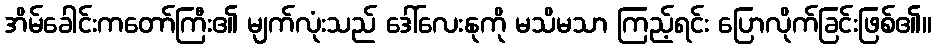
အိမ်ခေါင်းကတော်ကြီး၏ မျက်လုံးသည် ဒေါ်လေးနုကို မသိမသာ ကြည့်ရင်း ပြောလိုက်ခြင်းဖြစ်၏။